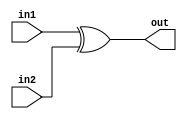
`ifndef _XOR
`define _XOR

module xor16(in1, in2, out);		// Implements bitwise XOR for two 16-bit numbers

	input  [15:0] in1, in2;
	output [15:0] out;
	
	assign out = in1 ^ in2;
	
endmodule

`endif